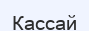
Кассай